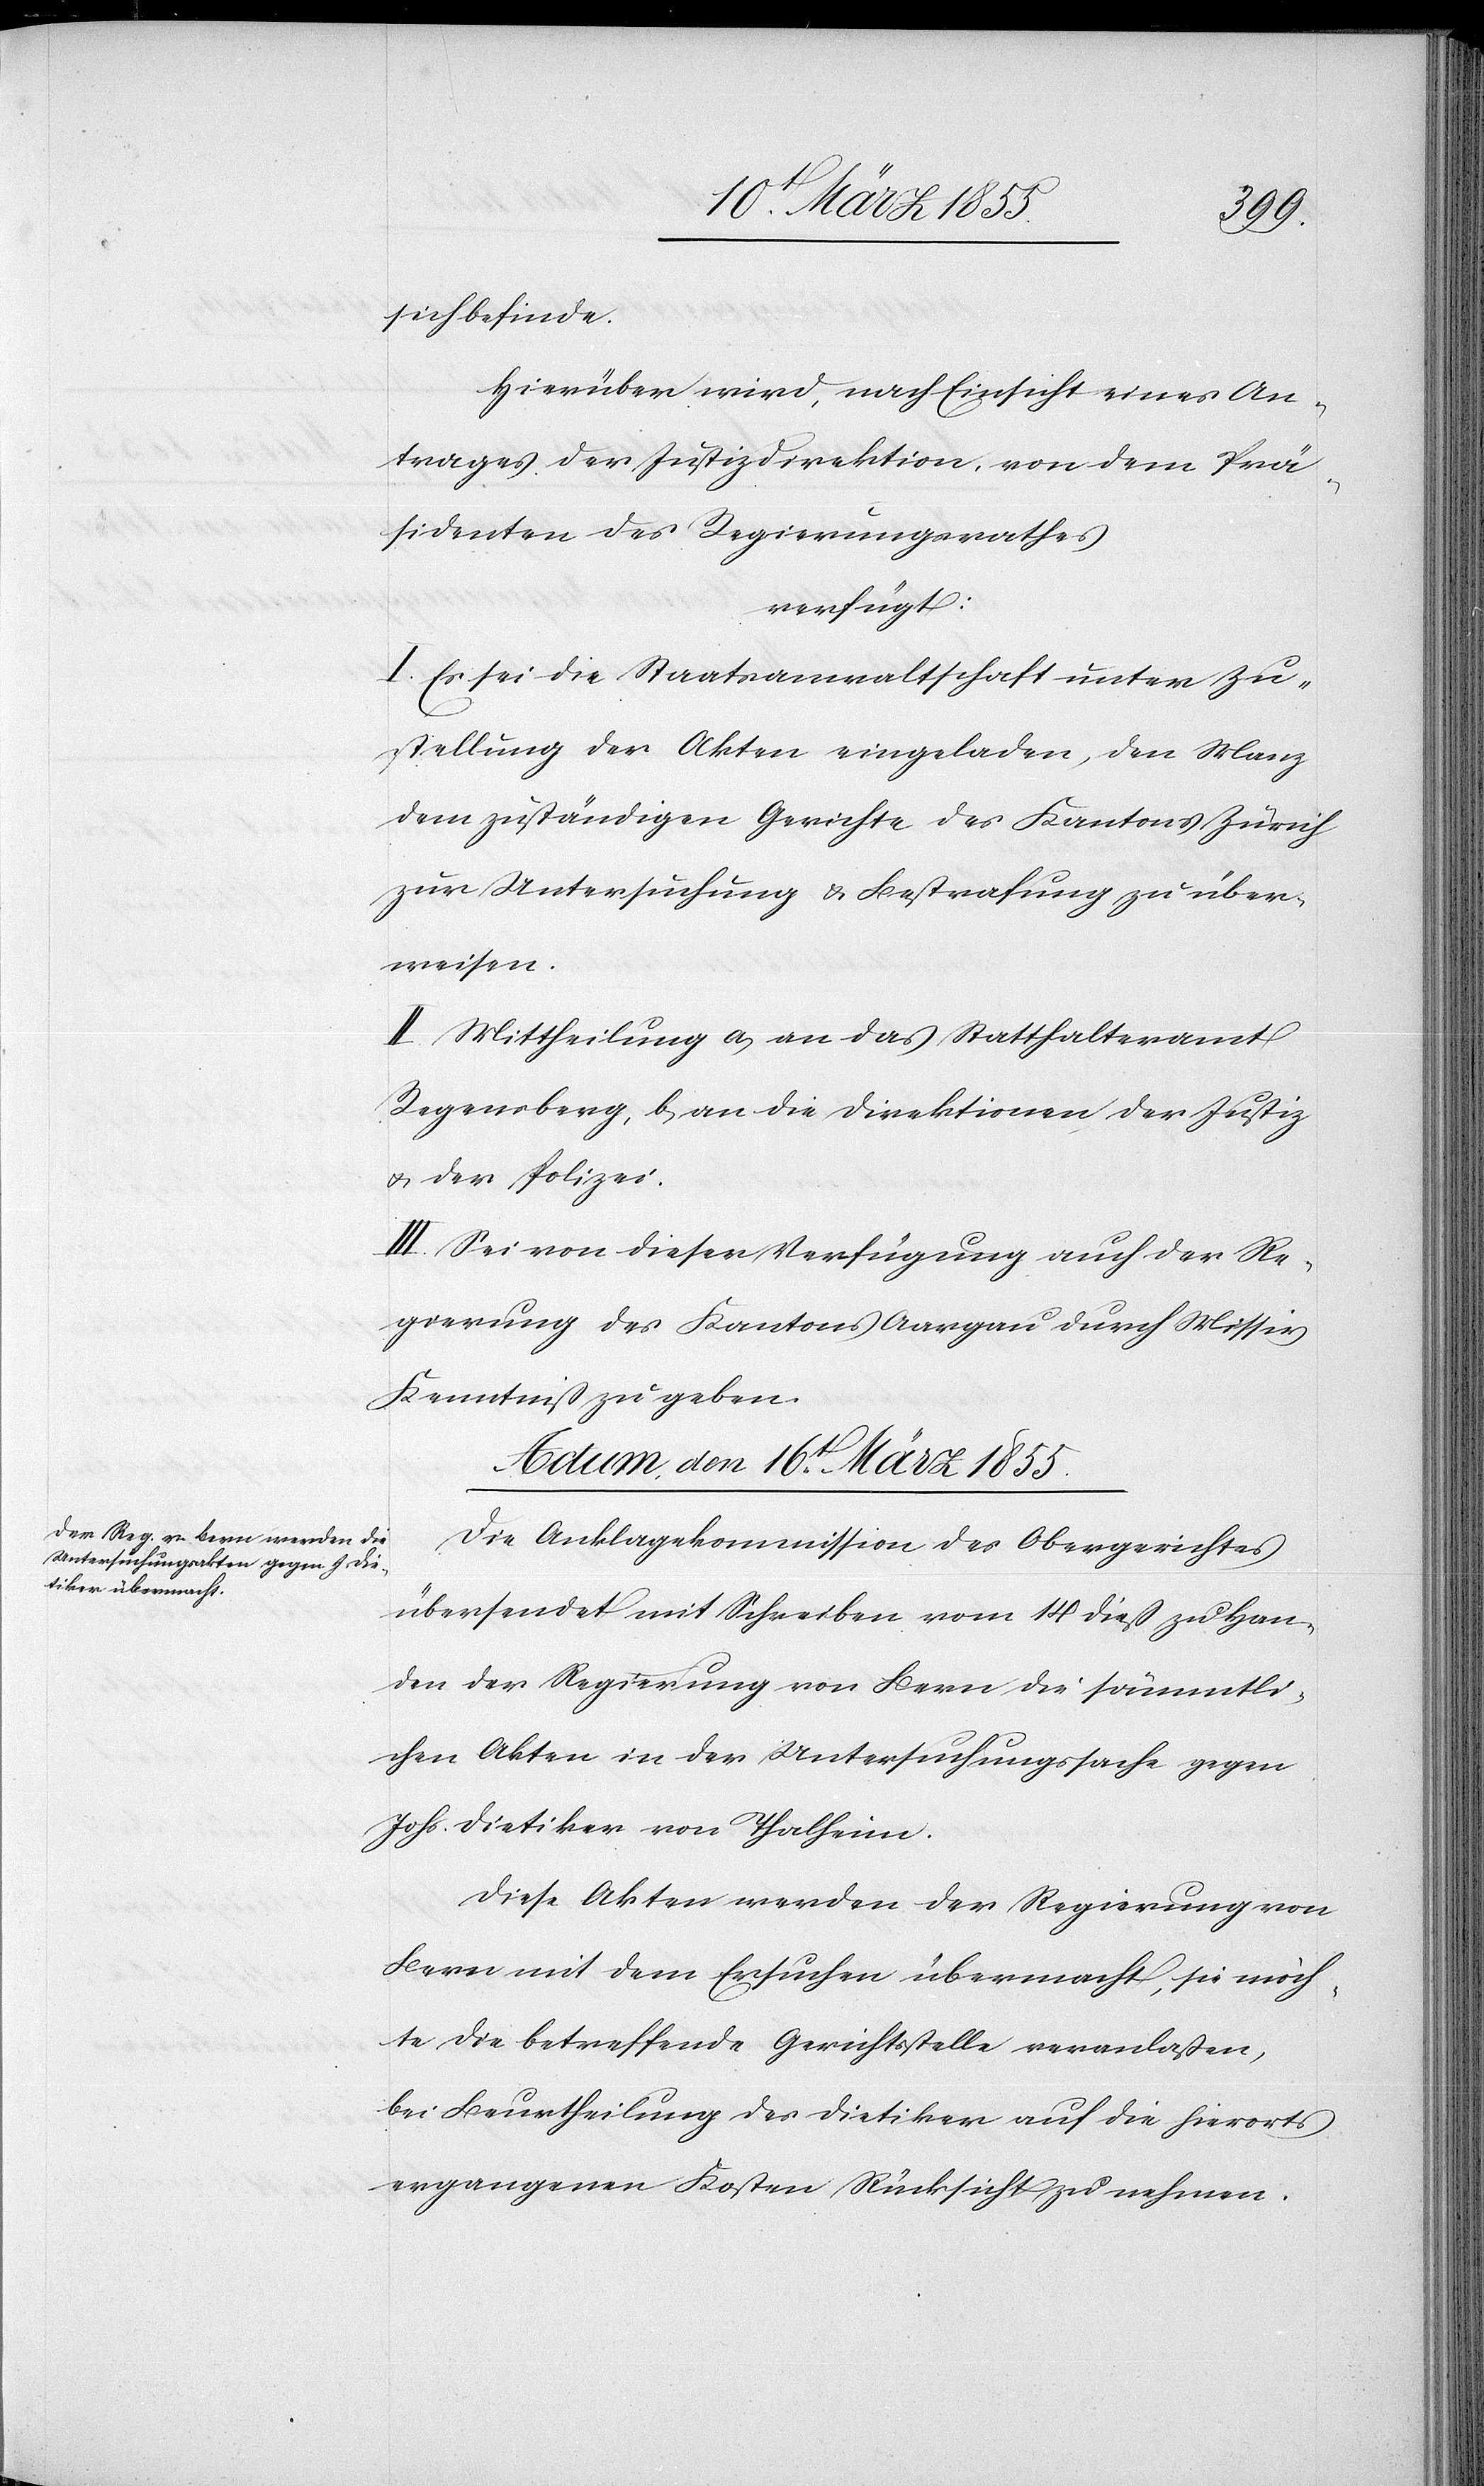
sich befinde.
Hierüber wird, nach Einsicht eines An¬
trages der Justizdirektion, von dem Prä¬
sidenten des Regierungsrathes
verfügt:
I. Es sei die Staatsanwaltschaft unter Zu¬
stellung der Akten eingeladen, den Manz
dem zuständigen Gerichte des Kantons Zürich
zur Untersuchung & Bestrafung zu über¬
weisen.
II. Mittheilung a, an das Statthalteramt
Regensberg, b, an die Direktionen der Justiz
& der Polizei.
III. Sei von dieser Verfügung auch der Re¬
gierung des Kantons Aargau durch Missiv
Kenntniß zu geben.
Actum, den 16t. März 1855.
Die Anklagekommission des Obergerichtes
übersendet mit Schreiben vom 14 dieß zu Han¬
den der Regierung von Bern die sämmtli¬
chen Akten in der Untersuchungssache gegen
Johs. Dietiker von Thalheim.
Diese Akten werden der Regierung von
Bern mit dem Ersuchen übermacht, sie möch¬
te die betreffende Gerichtsstelle veranlaßen,
bei Beurtheilung des Dietiker auf die hierorts
ergangenen Kosten Rücksicht zu nehmen.